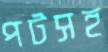
পটসহ